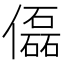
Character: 𠐞